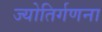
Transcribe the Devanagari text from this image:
ज्योतिर्गणना